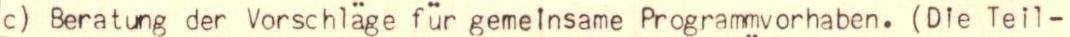
c) Beratung der Vorschläge für gemelnsame Programmvorhaben. (Die Teil-